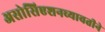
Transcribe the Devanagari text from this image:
असोसिएशनच्यावतीने